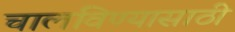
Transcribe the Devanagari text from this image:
चालविण्‍यासाठी